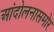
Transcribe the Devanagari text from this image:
आंदोलनासमोर